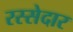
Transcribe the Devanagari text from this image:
रस्सेदार